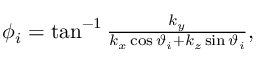
\begin{array} { r } { \phi _ { i } = \tan ^ { - 1 } \frac { k _ { y } } { k _ { x } \cos \vartheta _ { i } + k _ { z } \sin \vartheta _ { i } } , } \end{array}